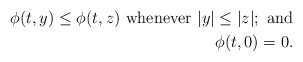
\begin{align*} \phi(t, y) \leq \phi(t, z)\ \textrm{whenever $ |y | \leq |z|$};\ \textrm{and} \\ \phi(t, 0) = 0. \end{align*}